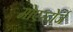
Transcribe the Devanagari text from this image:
मोएरदोर्ज